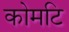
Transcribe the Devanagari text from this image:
कोमटि